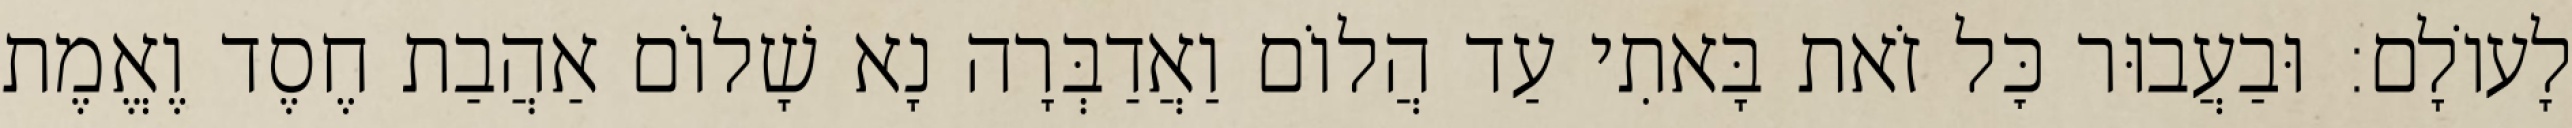
לָעוֹלָם: וּבַעֲבוּר כׇּל זֹאת בָּאתִי עַד הֲלוֹם וַאֲדַבְּרָה נָא שָׁלוֹם אַהֲבַת חֶסֶד וֶאֱמֶת